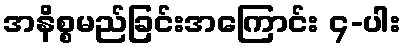
အနိစ္စမည်ခြင်းအကြောင်း ၄-ပါး